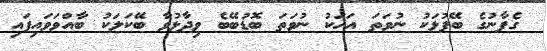
ގެފާނުގެ ބޭފުޅަކު ނުވަތަ އަޚަކު ނުވަތަ ބޮޑުބޭބެ ވިދާޅުވާ ބޭކަލަކު ބާއްވަވައިފައި